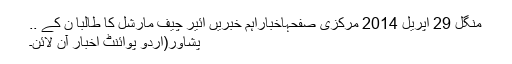
منگل 29 اپریل 2014 مرکزی صفحہاخباراہم خبریں ائیر چیف مارشل کا طالبا ن کے ..
پشاور(اُردو پوائنٹ اخبار آن لائن۔